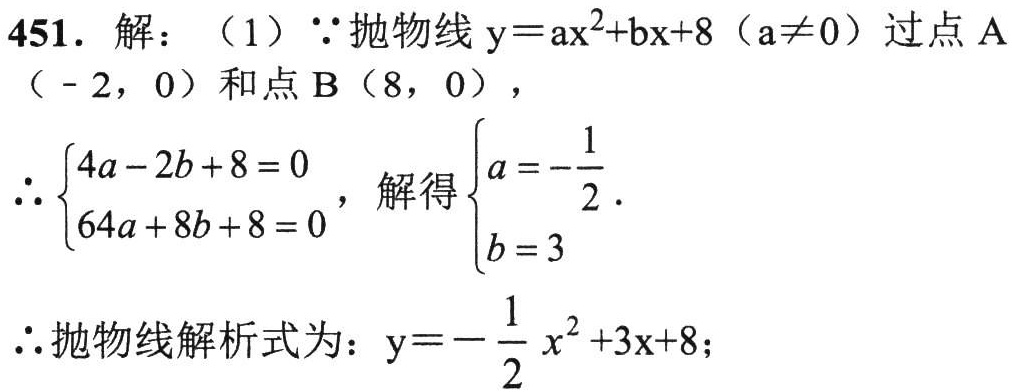
451. 解：（1）\(\because\)抛物线\(y = ax^{2}+bx + 8\)（\(a\neq0\)）过点\(A(-2,0)\)和点\(B(8,0)\)，
\(\therefore\begin{cases}4a - 2b + 8 = 0\\64a + 8b + 8 = 0\end{cases}\)，解得\(\begin{cases}a = -\dfrac{1}{2}\\b = 3\end{cases}\).
\(\therefore\)抛物线解析式为：\(y = -\dfrac{1}{2}x^{2}+3x + 8\)；